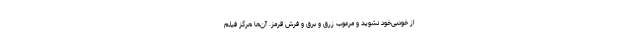
از خودبی‌خود نشوید و مرعوب زرق و برق و فرش قرمز. آن‌ها هرگز فیلم